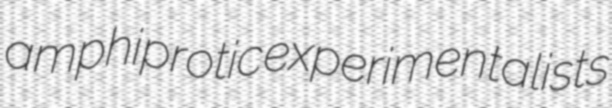
amphiprotic experimentalists